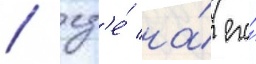
/ гд'е́ на́ его́